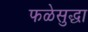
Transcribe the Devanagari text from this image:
फळेसुद्धा